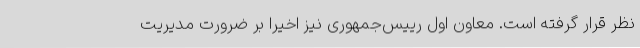
نظر قرار گرفته است. معاون اول رییس‌جمهوری نیز اخیرا بر ضرورت مدیریت